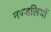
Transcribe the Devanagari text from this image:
मण्डलियाँ